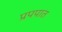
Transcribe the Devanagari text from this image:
प्रपपात